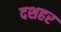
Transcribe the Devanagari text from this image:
दशहर